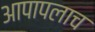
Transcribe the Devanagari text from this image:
आपापलाच